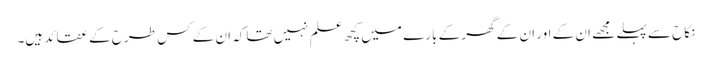
نکاح سے پہلے مجھے ان کے اور ان کے گھر کے بارے میں کچھ علم نہیں تھاکہ ان کے کس طرح کے عقائد ہیں۔